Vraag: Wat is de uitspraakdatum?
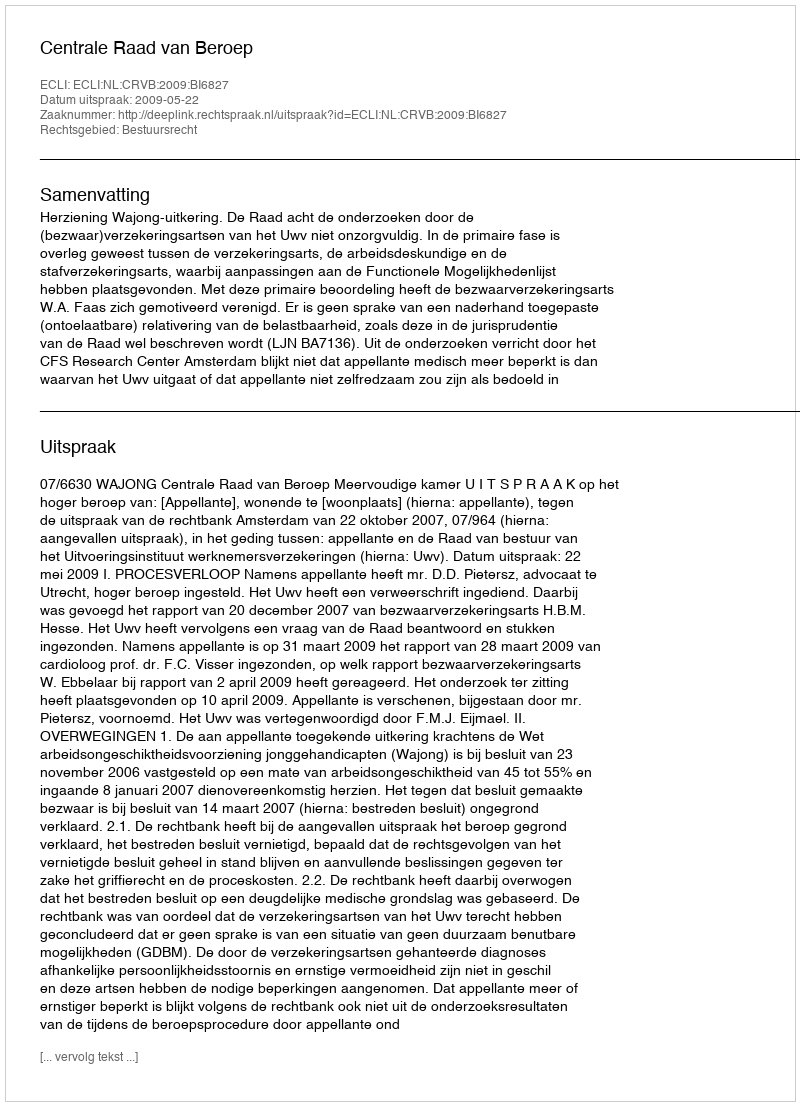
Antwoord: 2009-05-22